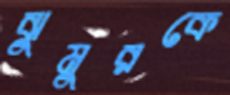
ঝুমুরকে